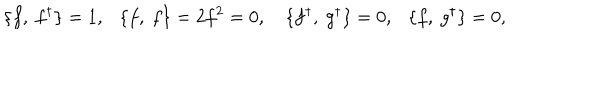
LaTeX: \{ f , \ f ^ { \dagger } \} = 1 , \ \ \ \{ f , \ f \} = 2 f ^ { 2 } = 0 , \{ f ^ { \dagger } , \ g ^ { \dagger } \} = 0 , \ \ \ \{ f , \ g ^ { \dagger } \} = 0 ,